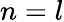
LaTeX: n=l